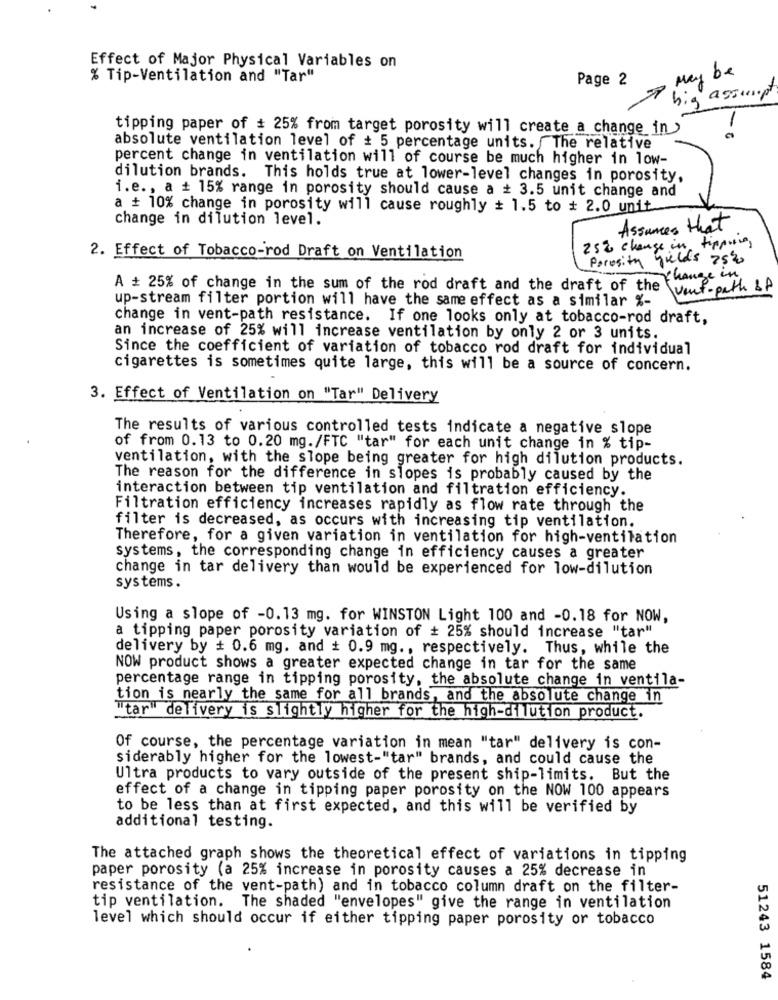
Effect of Major Physical Variables on
be
% Tip-Ventilation and "Tar"
Page 2
May
assim.pt
-
tipping paper of # 25% from target porosity will create a change in >
absolute ventilation level of + 5 percentage units. The relative
percent change in ventilation will of course be much higher in low-
dilution brands. This holds true at lower-level changes in porosity,
i.e ., a + 15% range in porosity should cause a + 3.5 unit change and
a + 10% change in porosity will cause roughly + 1.5 to # 2.0 unit
change in dilution level.
Assumes that
25% change in tipping,
2. Effect of Tobacco-rod Draft on Ventilation
Porosity fields 2520
change i
A # 25% of change in the sum of the rod draft and the draft of the \went-path of
up-stream filter portion will have the same effect as a similar %-
change in vent-path resistance. If one looks only at tobacco-rod draft,
an increase of 25% will increase ventilation by only 2 or 3 units.
Since the coefficient of variation of tobacco rod draft for individual
cigarettes is sometimes quite large, this will be a source of concern.
3. Effect of Ventilation on "Tar" Delivery
The results of various controlled tests indicate a negative slope
of from 0.13 to 0.20 mg./FTC "tar" for each unit change in % tip-
ventilation, with the slope being greater for high dilution products.
The reason for the difference in slopes is probably caused by the
interaction between tip ventilation and filtration efficiency.
Filtration efficiency increases rapidly as flow rate through the
filter is decreased, as occurs with increasing tip ventilation.
Therefore, for a given variation in ventilation for high-ventilation
systems, the corresponding change in efficiency causes a greater
change in tar delivery than would be experienced for low-dilution
systems.
Using a slope of -0.13 mg. for WINSTON Light 100 and -0.18 for NOW,
a tipping paper porosity variation of + 25% should increase "tar"
delivery by + 0.6 mg. and + 0.9 mg ., respectively. Thus, while the
NOW product shows a greater expected change in tar for the same
percentage range in tipping porosity, the absolute change in ventila-
tion is nearly the same for all brands, and the absolute change in
"tar" delivery is slightly higher for the high-dilution product.
Of course, the percentage variation in mean "tar" delivery is con-
siderably higher for the lowest-"tar" brands, and could cause the
Ultra products to vary outside of the present ship-limits. But the
effect of a change in tipping paper porosity on the NOW 100 appears
to be less than at first expected, and this will be verified by
additional testing.
The attached graph shows the theoretical effect of variations in tipping
paper porosity (a 25% increase in porosity causes a 25% decrease in
resistance of the vent-path) and in tobacco column draft on the filter-
tip ventilation. The shaded "envelopes" give the range in ventilation
level which should occur if either tipping paper porosity or tobacco
51243 1584